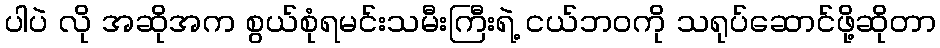
ပါပဲ လို အဆိုအက စွယ်စုံရမင်းသမီးကြီးရဲ့ ငယ်ဘဝကို သရုပ်ဆောင်ဖို့ဆိုတာ